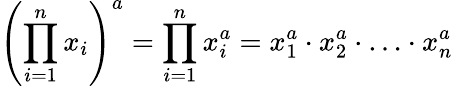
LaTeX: \left(\prod_{i=1}^{n}x_{i}\right)^{a}=\prod_{i=1}^{n}x_{i}^{a}=x_{1}^{a}\cdot x_{2}^{a}\cdot\ldots\cdot x_{n}^{a}